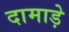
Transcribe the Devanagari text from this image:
दामाड़े